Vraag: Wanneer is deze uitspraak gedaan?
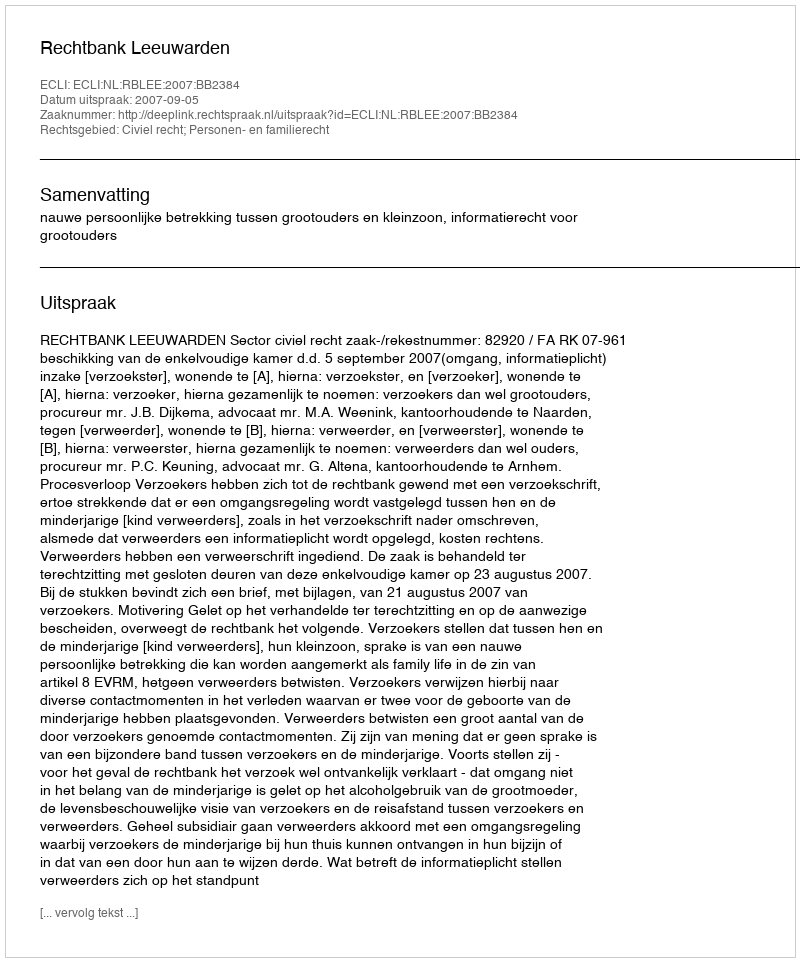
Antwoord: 2007-09-05